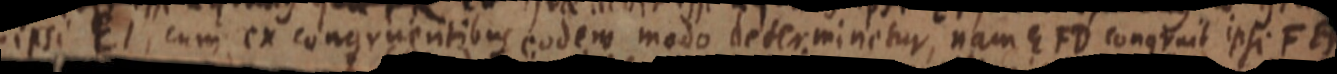
ipsi EI, cum ex congruentibus eodem modo determinetur, nam EFD congruit ipsi FE